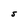
Character: S